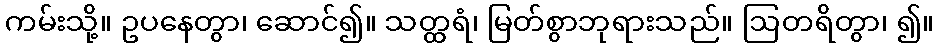
ကမ်းသို့။ ဥပနေတွာ၊ ဆောင်၍။ သတ္ထရံ၊ မြတ်စွာဘုရားသည်။ ဩတရိတွာ၊ ၍။